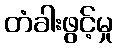
တံခါးဖွင့်မှု